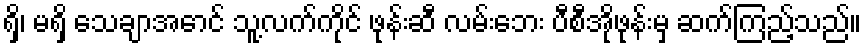
ရှိ၊ မရှိ သေချာအောင် သူ့လက်ကိုင် ဖုန်းဆီ လမ်းဘေး ပီစီအိုဖုန်းမှ ဆက်ကြည့်သည်။